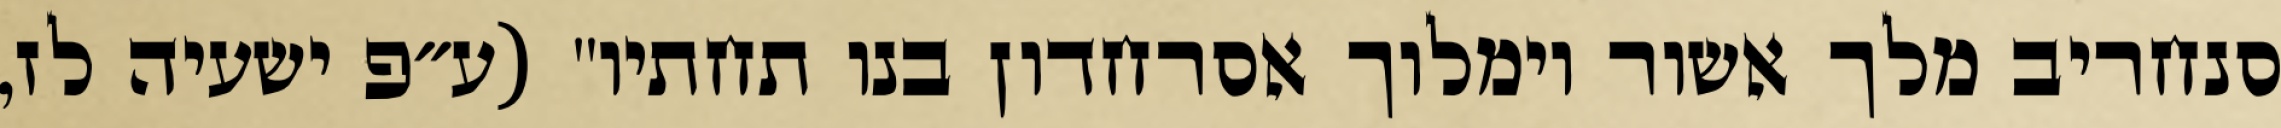
סנחריב מלך אשור וימלוך אסרחדון בנו תחתיו" (ע״פ ישעיה לז,